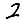
Digit: 2